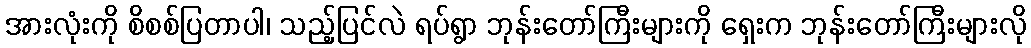
အားလုံးကို စိစစ်ပြတာပါ၊ သည့်ပြင်လဲ ရပ်ရွာ ဘုန်းတော်ကြီးများကို ရှေးက ဘုန်းတော်ကြီးများလို